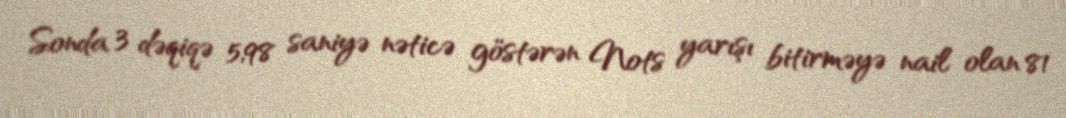
Sonda 3 dəqiqə 5,98 saniyə nəticə göstərən Nots yarışı bitirməyə nail olan 81